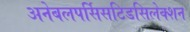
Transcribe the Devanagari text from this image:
अनेबलपर्सिसटिडसिलेक्शन